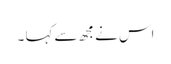
اس نے مجھ سے کہا ۔